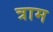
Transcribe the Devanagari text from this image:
त्राम